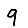
Digit: 9